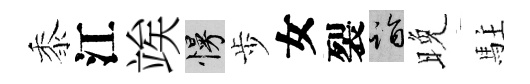
黍江竢慢歩女裂诣晚駐